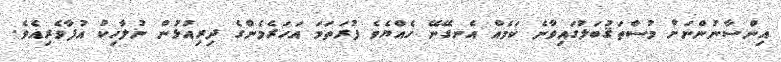
އިންސާނުންނަށް މުސްތަޤުބަލުގައިވާނެ ކަމެއް އެނގޭނޭ ހެއްޔެވެ ފުރަތަމަ އަހަރެމެންގެ ދިރިއުޅުން ނުލާހިކު އުފާވެރިއެވެ.